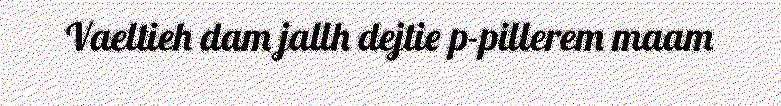
Vaeltieh dam jallh dejtie p-pillerem maam